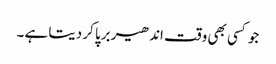
جو کسی بھی وقت اندھیر برپا کر دیتا ہے ۔